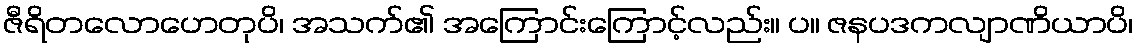
ဇီရိတလောဟေတုပိ၊ အသက်၏ အကြောင်းကြောင့်လည်း။ ပ။ ဇနပဒကလျာဏိယာပိ၊